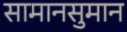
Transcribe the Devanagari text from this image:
सामानसुमान